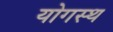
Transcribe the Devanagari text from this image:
योगस्थ